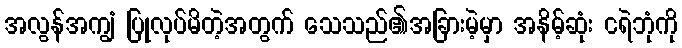
အလွန်အကျွံ ပြုလုပ်မိတဲ့အတွက် သေသည်၏အခြားမဲ့မှာ အနိမ့်ဆုံး ငရဲဘုံကို